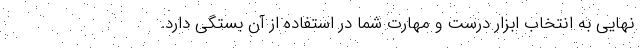
نهایی به انتخاب ابزار درست و مهارت شما در استفاده از آن بستگی دارد.